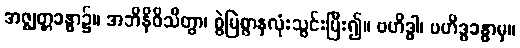
အဇ္ဈတ္တခန္ဓာ၌။ အဘိနိဝိသိတွာ၊ စွဲမြဲစွာနှလုံးသွင်းပြီး၍။ ဗဟိဒ္ဓါ၊ ဗဟိဒ္ဓခန္ဓာမှ။